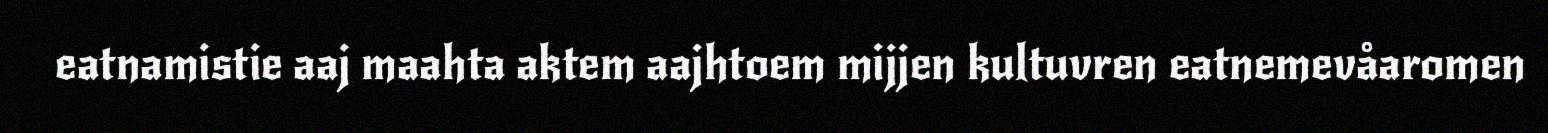
eatnamistie aaj maahta aktem aajhtoem mijjen kultuvren eatnemevåaromen